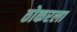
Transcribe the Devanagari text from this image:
ठोकरला